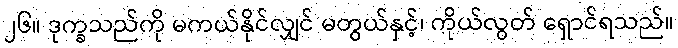
၂၆။ ဒုက္ခသည်ကို မကယ်နိုင်လျှင် မတွယ်နှင့်၊ ကိုယ်လွတ် ရှောင်ရသည်။